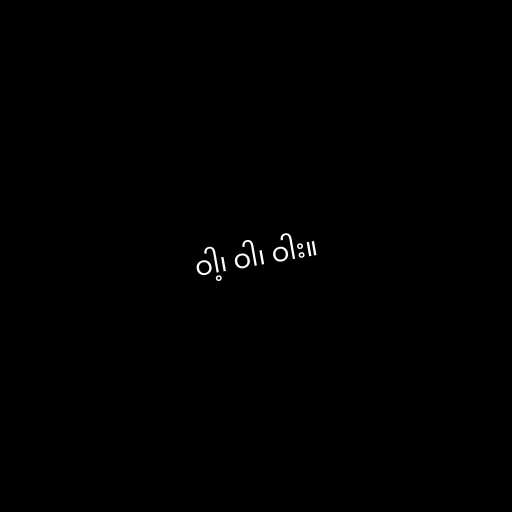
ဝါ့၊ ဝါ၊ ဝါး။